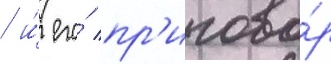
/ и́ его́ пр'игово́р